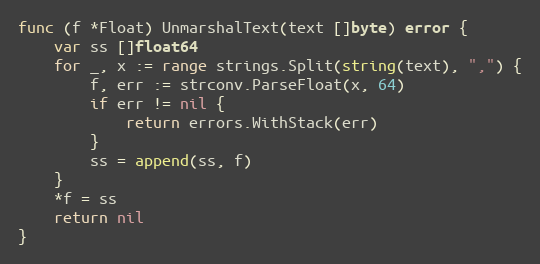
Language: Go
func (f *Float) UnmarshalText(text []byte) error {
	var ss []float64
	for _, x := range strings.Split(string(text), ",") {
		f, err := strconv.ParseFloat(x, 64)
		if err != nil {
			return errors.WithStack(err)
		}
		ss = append(ss, f)
	}
	*f = ss
	return nil
}